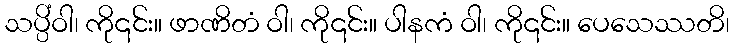
သပ္ပိံဝါ၊ ကို၎င်း။ ဖာဏိတံ ဝါ၊ ကို၎င်း။ ပါနကံ ဝါ၊ ကို၎င်း။ ပေသေဿတိ၊